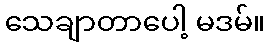
သေချာတာပေါ့ မဒမ်။